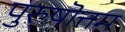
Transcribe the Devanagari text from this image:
पुरुषॊत्तम